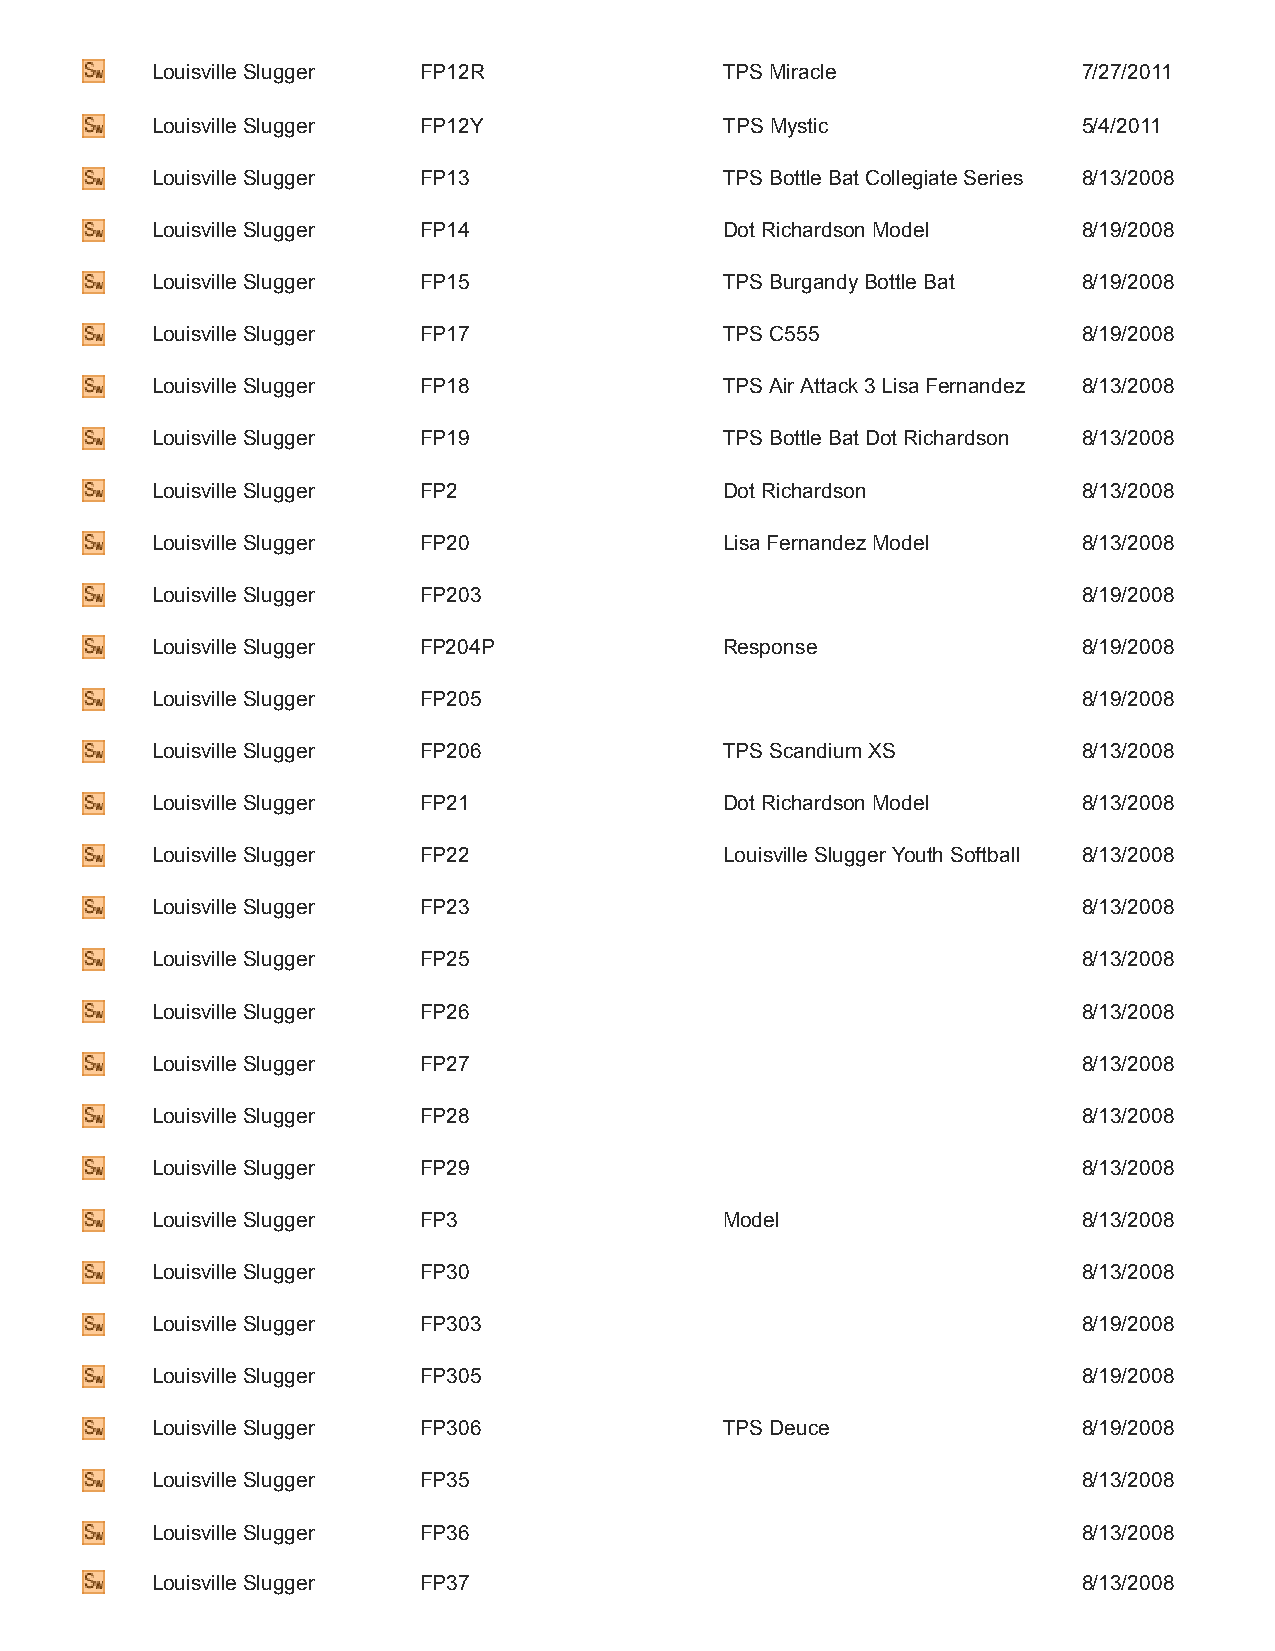
Louisville Slugger FP12R              TPS Miracle             7/27/2011
 Louisville Slugger FP12Y              TPS Mystic              5/4/2011
 Louisville Slugger FP13               TPS Bottle Bat Collegiate Series 8/13/2008
 Louisville Slugger FP14               Dot Richardson Model    8/19/2008
 Louisville Slugger FP15               TPS Burgandy Bottle Bat 8/19/2008
 Louisville Slugger FP17               TPS C555                8/19/2008
 Louisville Slugger FP18               TPS Air Attack 3 Lisa Fernandez 8/13/2008
 Louisville Slugger FP19               TPS Bottle Bat Dot Richardson 8/13/2008
 Louisville Slugger FP2                Dot Richardson          8/13/2008
 Louisville Slugger FP20               Lisa Fernandez Model    8/13/2008
 Louisville Slugger FP203                                      8/19/2008
 Louisville Slugger FP204P             Response                8/19/2008
 Louisville Slugger FP205                                      8/19/2008
 Louisville Slugger FP206              TPS Scandium XS         8/13/2008
 Louisville Slugger FP21               Dot Richardson Model    8/13/2008
 Louisville Slugger FP22               Louisville Slugger Youth Softball 8/13/2008
 Louisville Slugger FP23                                       8/13/2008
 Louisville Slugger FP25                                       8/13/2008
 Louisville Slugger FP26                                       8/13/2008
 Louisville Slugger FP27                                       8/13/2008
 Louisville Slugger FP28                                       8/13/2008
 Louisville Slugger FP29                                       8/13/2008
 Louisville Slugger FP3                Model                   8/13/2008
 Louisville Slugger FP30                                       8/13/2008
 Louisville Slugger FP303                                      8/19/2008
 Louisville Slugger FP305                                      8/19/2008
 Louisville Slugger FP306              TPS Deuce               8/19/2008
 Louisville Slugger FP35                                       8/13/2008
 Louisville Slugger FP36                                       8/13/2008
 Louisville Slugger FP37                                       8/13/2008